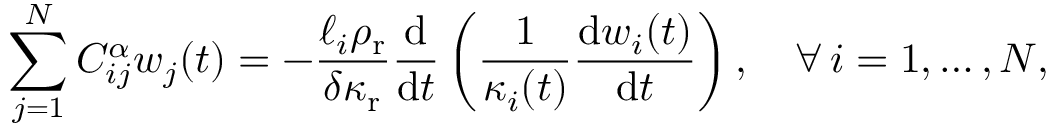
\sum _ { j = 1 } ^ { N } C _ { i j } ^ { \alpha } w _ { j } ( t ) = - \frac { \ell _ { i } \rho _ { \mathrm { r } } } { \delta \kappa _ { \mathrm { r } } } \frac { \mathrm { d } } { \mathrm { d } t } \left( \frac { 1 } { \kappa _ { i } ( t ) } \frac { \mathrm { d } w _ { i } ( t ) } { \mathrm { d } t } \right) , \quad \forall \, i = 1 , \dots , N ,